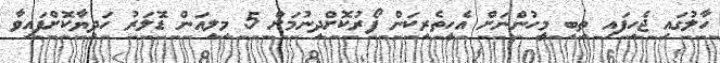
ހާލުގައި ޖެހިފައި ތިބި މީހުންނަށް އެހީތެރިކަން ފޯރުކޮށްދިނުމަށް 5 މިލިއަން ޑޮލަރު ހަދިޔާކޮށްފައިވާ